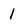
Character: 1